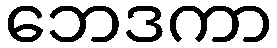
ဘေဒကာ